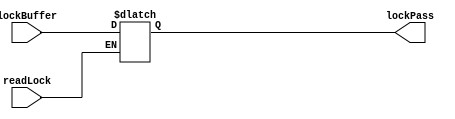
module LOCK ( lockPass, readLock, lockBuffer);
	

	input readLock;            // signal to check if password is to be read or overwritten
	
	input[31:0] lockBuffer;    // used to only write the new password into the lockPass register
	integer i;
	output reg[31:0] lockPass; // Previous/Original password present in the Lock.

	initial
	begin
		for(i = 0;i < 32;i = i + 1)
			lockPass[i] <= 0;
	end


	always @( lockBuffer )
	begin	
		if (readLock == 0)
		begin
			// updating the new password in the lock
			for(i = 0;i < 32;i = i + 1)
				lockPass[i] <= lockBuffer[i];
		end
	end

endmodule